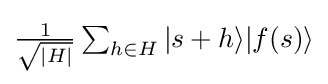
{\textstyle {\frac {1}{\sqrt {|H|}}}\sum _{h\in H}|s+h\rangle |f(s)\rangle }